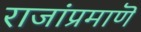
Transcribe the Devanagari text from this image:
राजांप्रमाणॆ